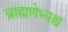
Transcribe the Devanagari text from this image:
ब्राह्मणेभ्यश्च